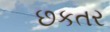
છકતર